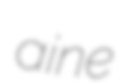
aine